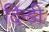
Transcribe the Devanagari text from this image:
दिन्डी